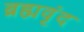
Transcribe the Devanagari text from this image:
ब्रह्मवृंद